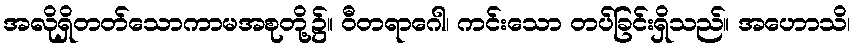
အလိုရှိတတ်သောကာမအစုတို့၌။ ဝီတရာဂေါ၊ ကင်းသော တပ်ခြင်းရှိသည်။ အဟောသိ၊